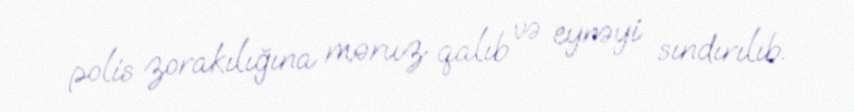
polis zorakılığına məruz qalıb və eynəyi sındırılıb.